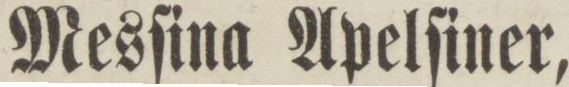
Mesſina Apelſiner,